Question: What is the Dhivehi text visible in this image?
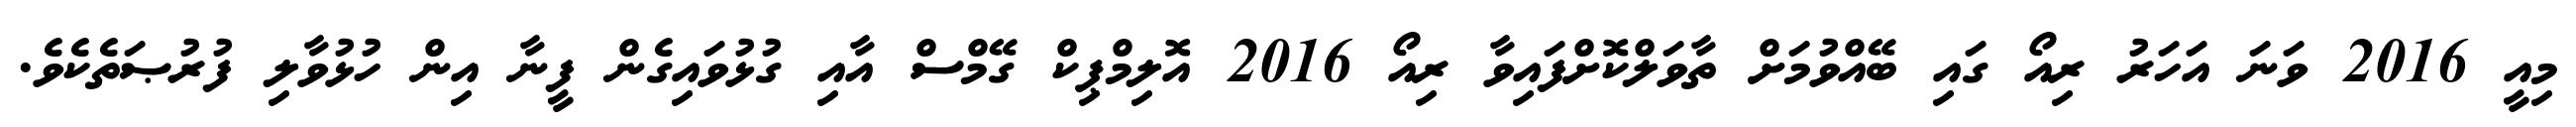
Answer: މިއީ 2016 ވަނަ އަހަރު ރިއޯ ގައި ބޭއްވުމަށް ތާވަލްކޮށްފައިވާ ރިއޯ 2016 އޮލިމްޕިކް ގޭމްސް އާއި ގުޅުވައިގެން ފީނާ އިން ހުޅުވާލި ފުރުޞަތެކެވެ.